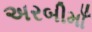
અરબીમાઁ